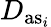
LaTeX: D_{\mathrm{as}_{i}}